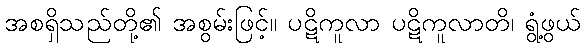
အစရှိသည်တို့၏ အစွမ်းဖြင့်။ ပဋိကူလာ ပဋိကူလာတိ၊ ရွံ့ဖွယ်